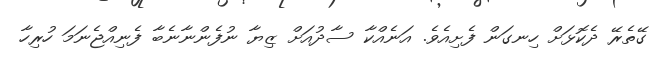
ގޭތެރޭ ދެކޮޅަށް ހިނގަން ފެށިއެވެ. އަނެއްކާ ސާދުއަށް ޒިޔާ ނުފެންނާނެބާ ފެނިއްޖެނަމަ ހުރިހާ